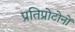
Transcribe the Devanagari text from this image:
प्रतिप्रोटोनों